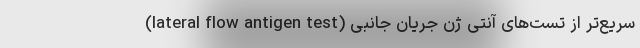
سریع‌تر از تست‌های آنتی ژن جریان جانبی (lateral flow antigen test)